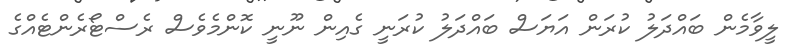
ލީވާމެން ބައްދަލު ކުރަން އަޔަސް ބައްދަލު ކުރަނީ ގެއިން ނޫނީ ކޮންމެވެސް ރެސްޓޯރެންޓެއްގެ